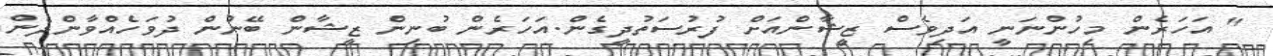
" އަހަރެން މިހުންނަނީ އަދިވެސް ޒީޝާންއަށް ފުރުސަތުދީގެން.އަހަރެން ބުނިން ޒީޝާން ބޭނުން ދުވަހެއްވާންދެން